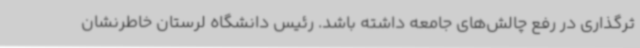
ثرگذاری در رفع چالش‌های جامعه داشته باشد. رئیس دانشگاه لرستان خاطرنشان